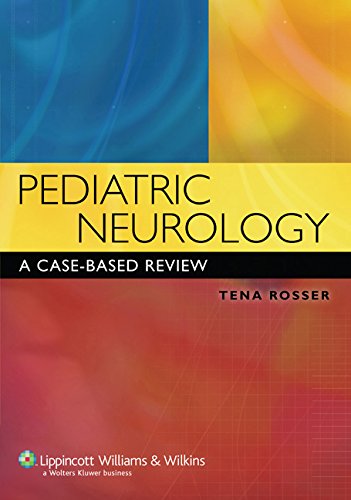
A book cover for Pediatric Neurology: A Case-Based Review (Rosser, Pediatric Neurology); Tena Rosser MD; Science & Math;